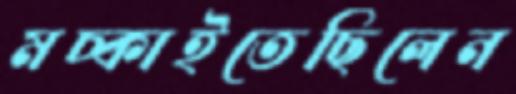
মচ্‌কাইতেছিলেন